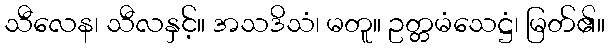
သီလေန၊ သီလနှင့်။ အသဒိသံ၊ မတူ။ ဥတ္တမံသေဋ္ဌံ၊ မြတ်၏။